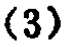
$(3)$